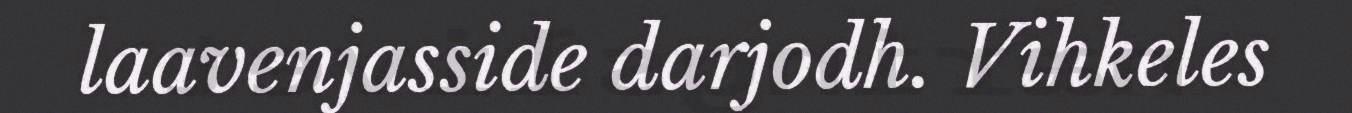
laavenjasside darjodh. Vihkeles